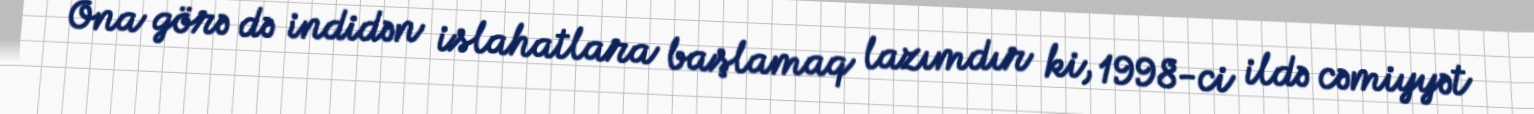
Ona görə də indidən islahatlara başlamaq lazımdır ki, 1998-ci ildə cəmiyyət